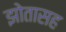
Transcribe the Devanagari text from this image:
झोतासह